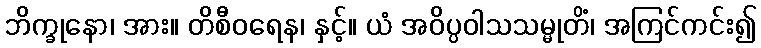
ဘိက္ခုနော၊ အား။ တိစီဝရေန၊ နှင့်။ ယံ အဝိပ္ပဝါသသမ္မုတိံ၊ အကြင်ကင်း၍